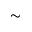
\simeq